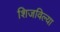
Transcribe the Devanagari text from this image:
शिजविल्या